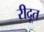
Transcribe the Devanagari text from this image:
रीदूत